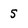
Character: 5